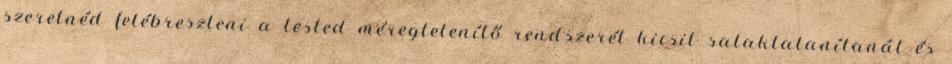
szeretnéd felébreszteni a tested méregtelenítő rendszerét kicsit salaktalanítanál és